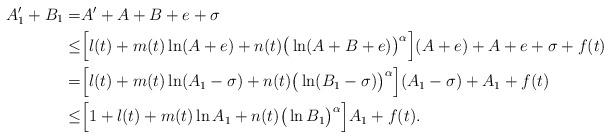
LaTeX: \begin{align*}A'_{1}+B_{1} =&A'+A+B+e+\sigma\\ \leq&\Big[l(t)+m(t)\ln(A+e)+n(t)\big(\ln(A+B+e)\big)^{\alpha}\Big](A+e)+A+e+\sigma+f(t)\\ =&\Big[l(t)+m(t)\ln (A_{1}-\sigma)+n(t)\big(\ln (B_{1}-\sigma)\big)^{\alpha}\Big](A_{1}-\sigma)+A_{1}+f(t)\\ \leq&\Big[1+l(t)+m(t)\ln A_{1}+n(t)\big(\ln B_{1}\big)^{\alpha}\Big]A_{1}+f(t).\end{align*}